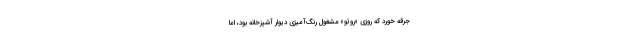
جرقه خورد که روزی «روتو» مشغول رنگ‌آمیزی دیوار آشپزخانه بود، اما